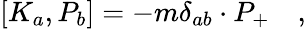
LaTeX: \left[K_{a},P_{b}\right]=-m\delta_{ab}\cdot P_{+}\quad,